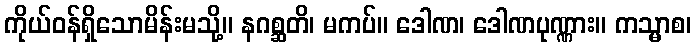
ကိုယ်ဝန်ရှိသောမိန်းမသို့။ နဂစ္ဆတိ၊ မကပ်။ ဒေါဏ၊ ဒေါဏပုဏ္ဏား။ ကသ္မာစ၊